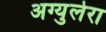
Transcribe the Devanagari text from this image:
अग्युलेरा